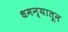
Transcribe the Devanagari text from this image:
धमन्यातून